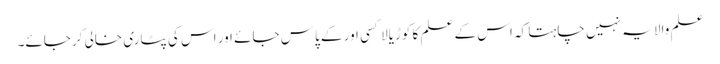
علم والا یہ نہیں چاہتا کہ اس کے علم کا کوڑیالا کسی اور کے پاس جائے اور اس کی پٹاری خالی کرجائے۔